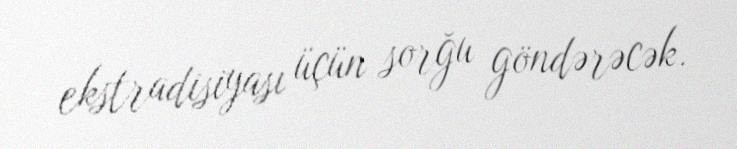
ekstradisiyası üçün sorğu göndərəcək.